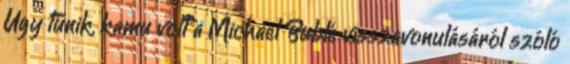
Úgy tűnik, kamu volt a Michael Bublé visszavonulásáról szóló